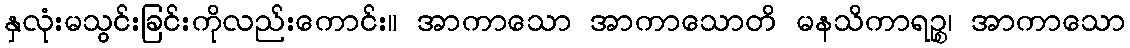
နှလုံးမသွင်းခြင်းကိုလည်းကောင်း။ အာကာသော အာကာသောတိ မနသိကာရဉ္စ၊ အာကာသော